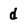
Character: d